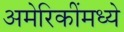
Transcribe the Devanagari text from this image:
अमेरिकींमध्ये